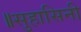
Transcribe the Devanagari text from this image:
॥सुहासिनी